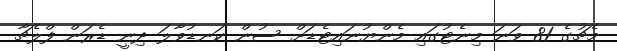
މެޗުގެ 81 ވަނަ މިނެޓުގައި މެންޔުނައިޓެޑަށް ސުން ކަނޑުވާލަ ދިނީ ޑެރަން ފްލެޗާ